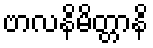
ဗာလနိမိတ္တာနိ